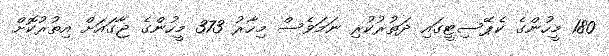
180 މީހުންގެ ކެޕޭސިޓީގައި ދަތުރުކުރި ނަމަވެސް މިހާރު 373 މީހުންގެ ޖާގައަށް އިތުރުކޮށް